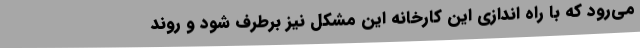
می‌رود که با راه اندازی این کارخانه این مشکل نیز برطرف شود و روند